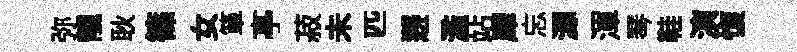
弥靚耿篠女箪𠅘菽未匹邂濫站犀忘源渾琴鞋演愎